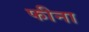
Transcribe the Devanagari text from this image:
फीना